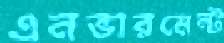
এনভারমেন্ট